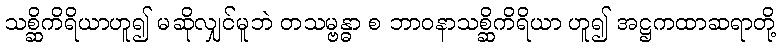
သစ္ဆိကိရိယာဟူ၍ မဆိုလျှင်မူဘဲ တသမ္ဗန္ဓာ စ ဘာဝနာသစ္ဆိကိရိယာ ဟူ၍ အဋ္ဌကထာဆရာတို့